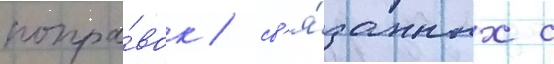
попра́вок / св'я́занных с